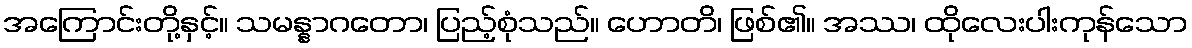
အကြောင်းတို့နှင့်။ သမန္နာဂတော၊ ပြည့်စုံသည်။ ဟောတိ၊ ဖြစ်၏။ အဿ၊ ထိုလေးပါးကုန်သော